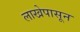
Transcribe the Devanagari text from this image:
लाखेपासून